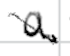
Text: a
Cross-out: diagonal
Writing tool: digital_black